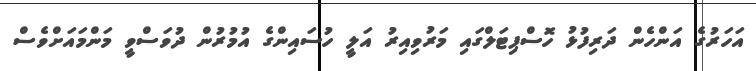
އަހަރުގެ އަންހެން ދަރިފުޅު ހޮސްޕިޓަލްގައި މަރުވިއިރު އަލީ ހުސައިންގެ އުމުރުން ދުވަސްވީ މަންމައަށްވެސް